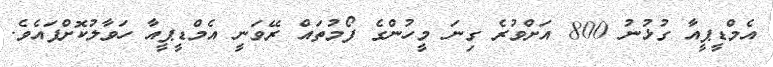
އެމްޑީޕީއާ ގުޅުނު 800 އަށްވުރެ ގިނަ މީހުންގެ ފޯމުތައް ރޭވަނީ އެމްޑީޕީއާ ހަވާލުކޮށްފައެވެ.